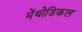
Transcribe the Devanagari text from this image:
मेंथोडिकल